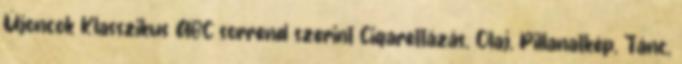
Újoncok Klasszikus ABC sorrend szerint Cigarettázás, Olaj, Pillanatkép, Tánc,